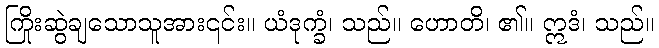
ကြိုးဆွဲချသောသူအား၎င်း။ ယံဒုက္ခံ၊ သည်။ ဟောတိ၊ ၏။ ဣဒံ၊ သည်။